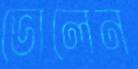
ভোলেন